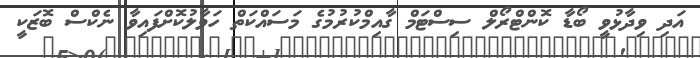
އަދި ވިދާޅުވީ ބޯޑާ ކޮންޓްރޯލް ސިސްޓަމް ގާއިމްކުރުމުގެ މަސައްކަތް ހަވާލުކޮށްފައިވާ ނެކްސް ބޮޒަކީ